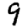
Digit: 9